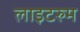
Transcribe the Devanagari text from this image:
लाइटरुम